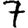
Digit: 7